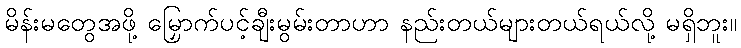
မိန်းမတွေအဖို့ မြှောက်ပင့်ချီးမွမ်းတာဟာ နည်းတယ်များတယ်ရယ်လို့ မရှိဘူး။